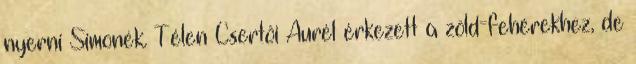
nyerni Simonék. Télen Csertői Aurél érkezett a zöld-fehérekhez, de